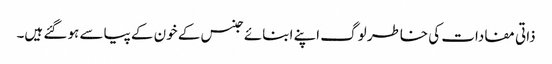
ذاتی مفادات کی خاطر لوگ اپنے ابنائے جنس کے خون کے پیاسے ہو گئے ہیں۔